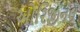
ઓરિજીનલ